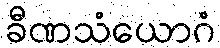
ခီဏသံယောဂံ